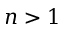
n > 1